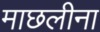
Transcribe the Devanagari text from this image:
माछलीना